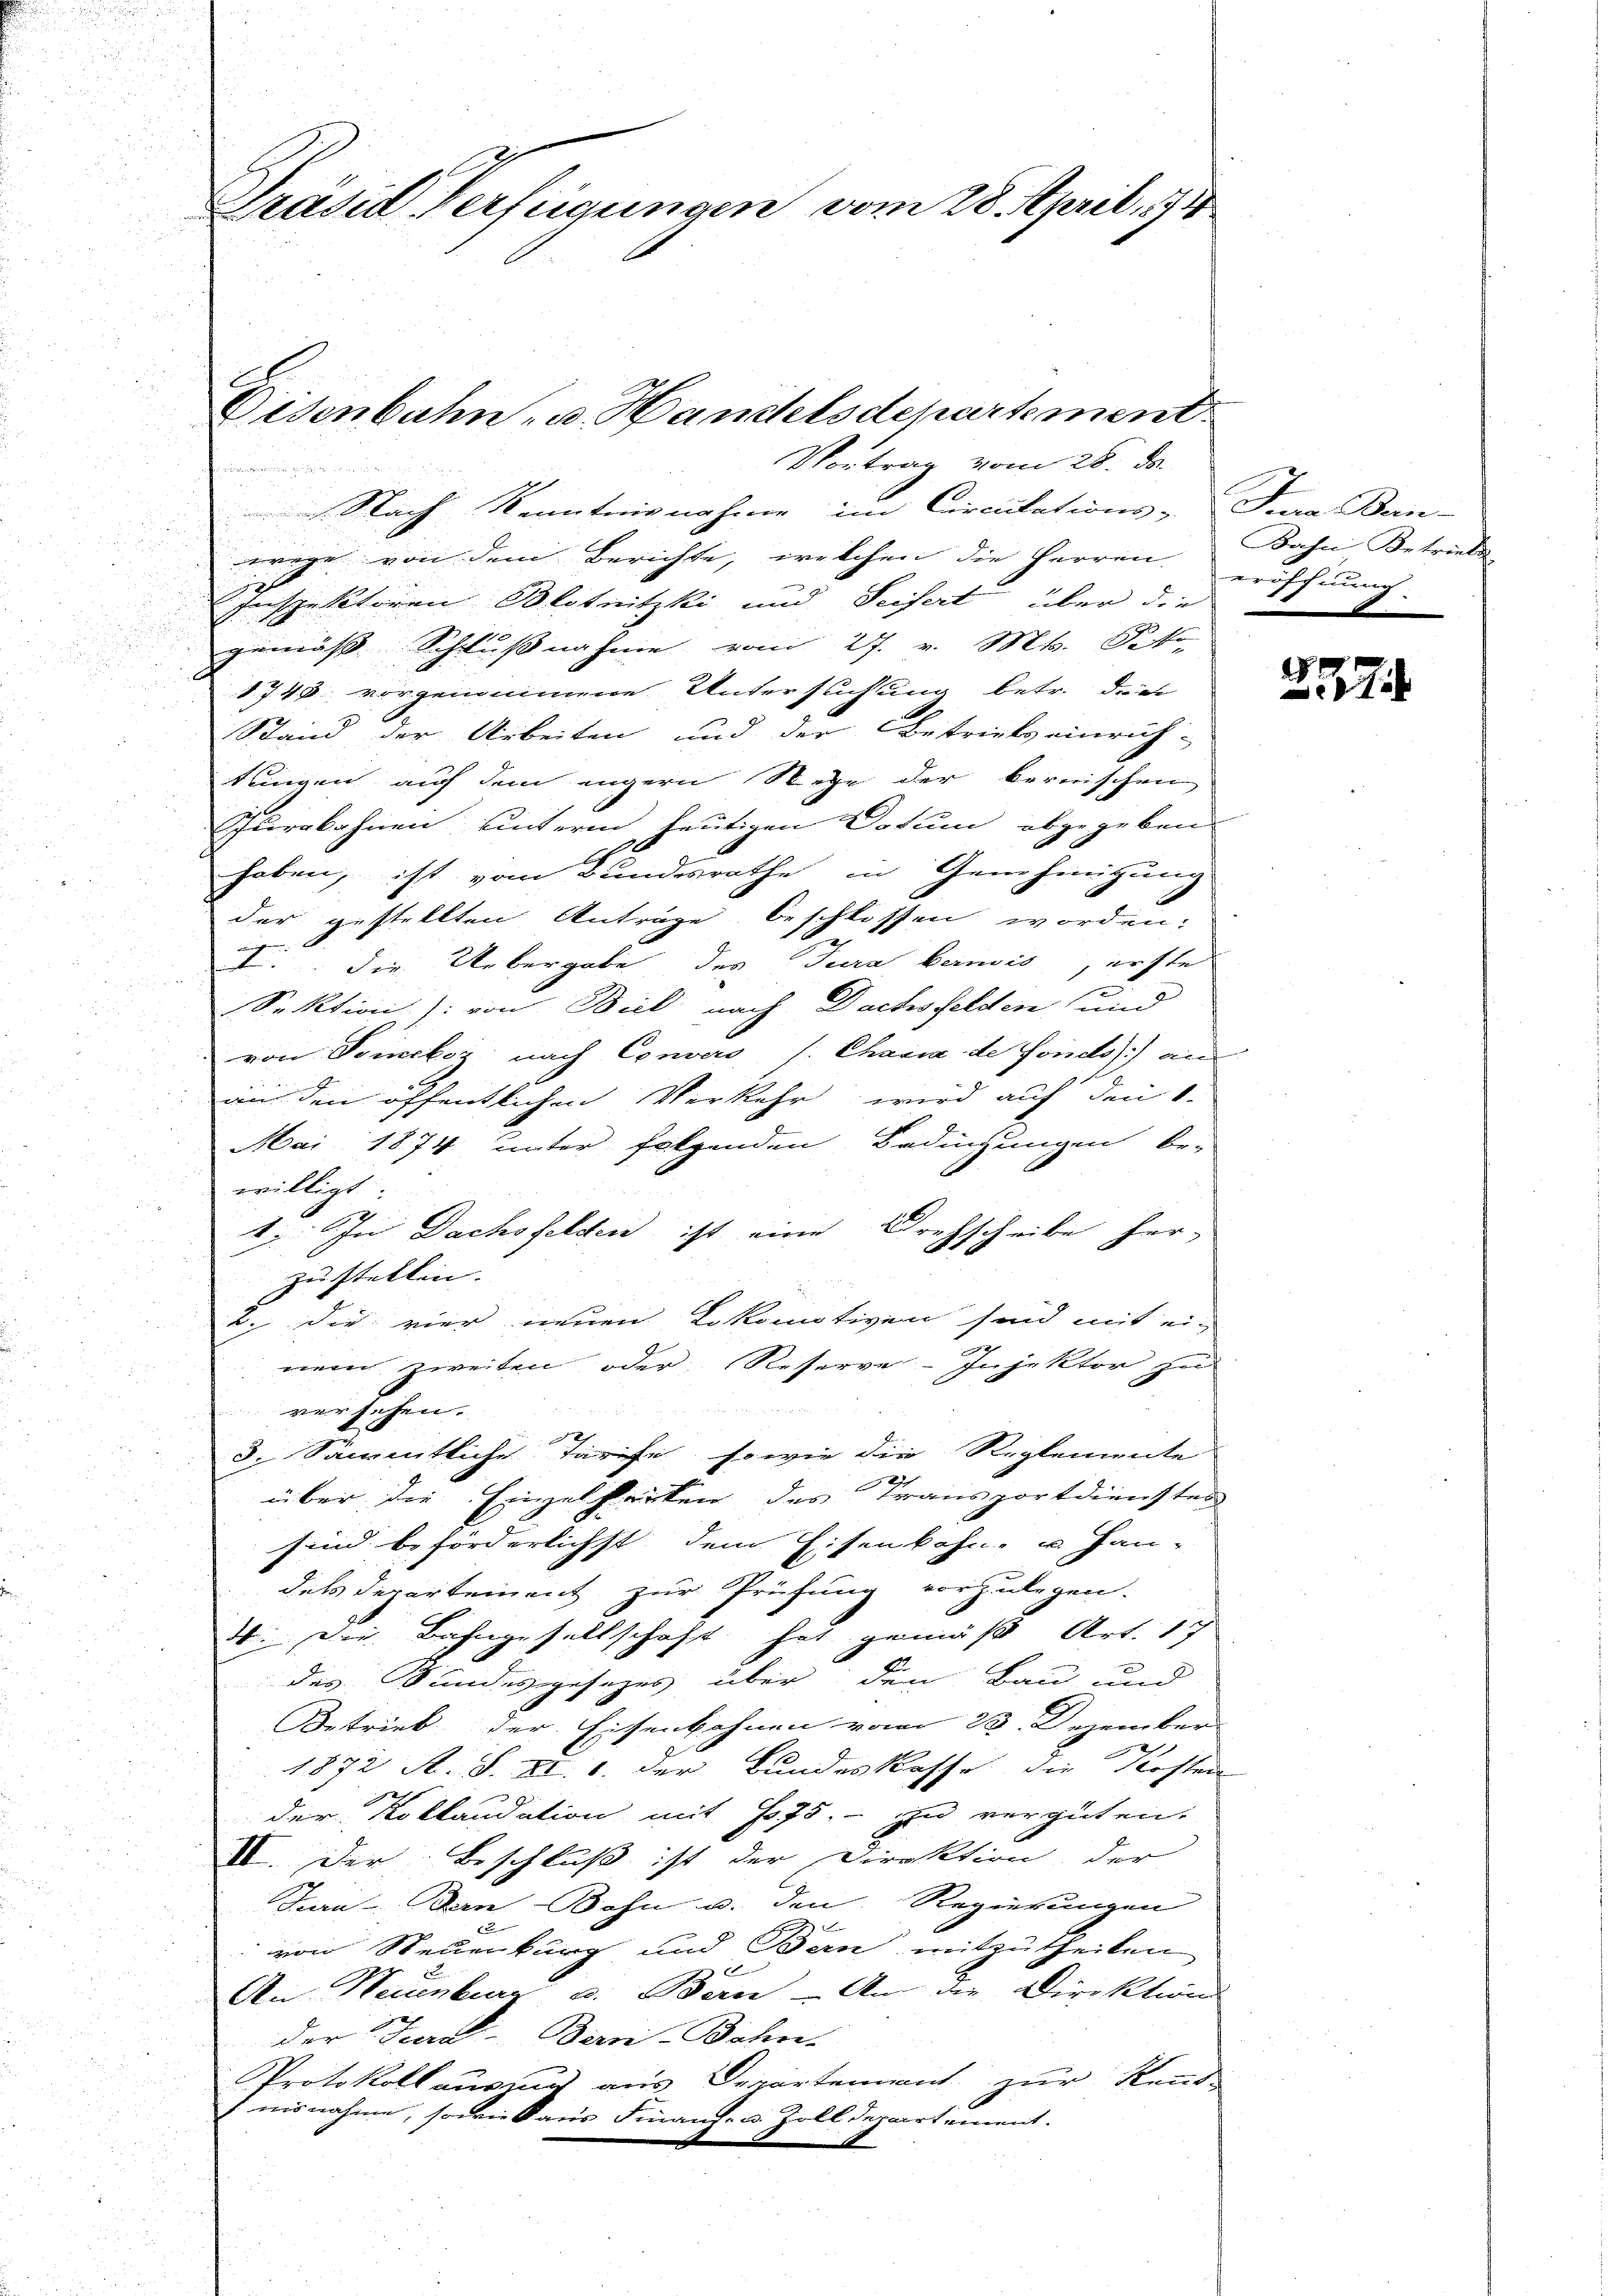
e
Präsid Verfügungen vom 28. April 191

G
Disenbahn- u. Handelsdepartement
Vortrag vom 28. ds.

Nach Kenntnisnahme im Circulations-Jura Bern-
d

wege von dem Berichte, welchen die Herren eröffnung.
.
Inspektoren Blotnitzki und Seifert, über die
gemäss Schlußnahme vom 27. v. Mt. Pete
1740 vorgenommene Untersuchung betr. die
Stand der Arbeiten und der Betriebs einrich-
tungen auf dem engern Wege der bernischen
Surbohnen unterm heutigen Datum abgegeben
A
haben, ist vom Bundesrathe in Genehmigung
der gestellten Anträge beschlossen worden:
I die Uebergabe des Jura bernis, erste
Sektion) von Biel nach Dachsfelden und
von Soneboz nach Convers s. Chanca de fonds an
an den öffentlichen Verkehr wird auf den 1.
Mai 1874 unter folgenden Bedingungen be-
willigt.
7
1. In Dachsfelden ist eine Drehscheibe her-
Zustellen.
2. Die vier neuen Lokomotiven sind mit ei-
nem zweiten oder Reserve-Jnjektor zu

versehen.
x
3. Sämmtliche Tarife, sowie die Reglemente
über die Einzelsarten des Transportdiensten
sind beförderlichst dem Eisenbahn- u. Han-
des Departement zur Prüfung vorzulegen.
4 Die Bahngesellschaft hat gemäß Art. 17
des Bundesgesezes über den Bau und
Betrieb der Eisenbahnen vom 23. Dezember
e
1872 A. S. XI. 6. der Bundeskasse die Kosten
der Kollaudation mit 1075. zu vergüten.
II. Der Beschluß ist der Direktion der
Jura - Bern Bohn u. den Regierungen
 von Neuenburg und Bern mitzutheilen
An Neuenburg u. Bern - An die Direktion
der Jud-Bern-Bahn-
Protokollausung aus Departement zur Kennt-
 nisnahme, sowie aus Finanz- u. Zolldepartement.

Dahn Betriebe

257